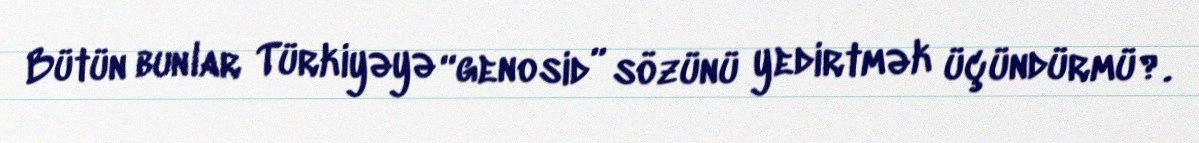
Bütün bunlar Türkiyəyə “genosid” sözünü yedirtmək üçündürmü?.